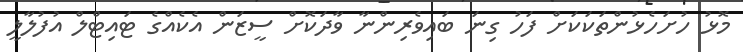
މޮޅު ހުށަހެޅުންތަކަކަށް ފަހު ގިނަ ބައިވެރިންނާ ވާދަކޮށް ސީޒަން އެކެއްގެ ޓައިޓްލް އުފުލާލީ